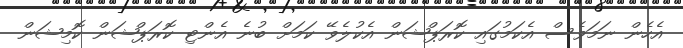
އެހެން ނަމަވެސް އެކަމުގައި ކޮރަޕްޝަން އެކުލެވޭ ކަމަށް ބުނެ އެންޓި ކޮރަޕްޝަން ކޮމިޝަން